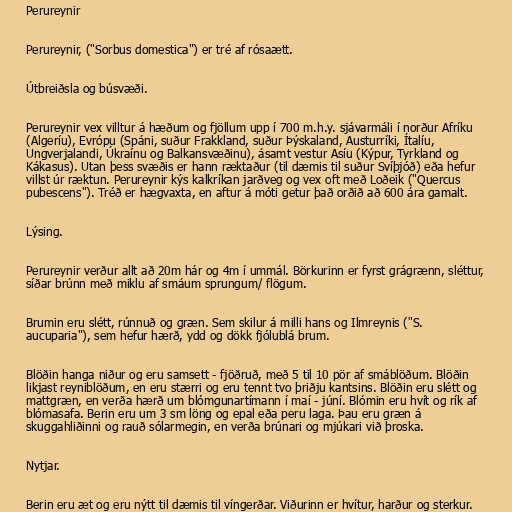
Perureynir

Perureynir, ("Sorbus domestica") er tré af rósaætt.

Útbreiðsla og búsvæði.

Perureynir vex villtur á hæðum og fjöllum upp í 700 m.h.y. sjávarmáli í norður Afríku
(Algeríu), Evrópu (Spáni, suður Frakkland, suður Þýskaland, Austurríki, Ítalíu,
Ungverjalandi, Úkraínu og Balkansvæðinu), ásamt vestur Asíu (Kýpur, Tyrkland og
Kákasus). Utan þess svæðis er hann ræktaður (til dæmis til suður Svíþjóð) eða hefur
villst úr ræktun. Perureynir kýs kalkríkan jarðveg og vex oft með Loðeik ("Quercus
pubescens"). Tréð er hægvaxta, en aftur á móti getur það orðið að 600 ára gamalt.

Lýsing.

Perureynir verður allt að 20m hár og 4m í ummál. Börkurinn er fyrst grágrænn, sléttur,
síðar brúnn með miklu af smáum sprungum/ flögum.

Brumin eru slétt, rúnnuð og græn. Sem skilur á milli hans og Ilmreynis ("S.
aucuparia"), sem hefur hærð, ydd og dökk fjólublá brum.

Blöðin hanga niður og eru samsett - fjöðruð, með 5 til 10 pör af smáblöðum. Blöðin
likjast reyniblöðum, en eru stærri og eru tennt tvo þriðju kantsins. Blöðin eru slétt og
mattgræn, en verða hærð um blómgunartímann í maí - júní. Blómin eru hvít og rík af
blómasafa. Berin eru um 3 sm löng og epal eða peru laga. Þau eru græn á
skuggahliðinni og rauð sólarmegin, en verða brúnari og mjúkari við þroska.

Nytjar.

Berin eru æt og eru nýtt til dæmis til víngerðar. Viðurinn er hvítur, harður og sterkur.